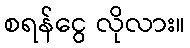
စရန်ငွေ လိုလား။